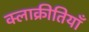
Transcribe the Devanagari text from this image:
क्लाक्रीतियाँ